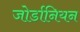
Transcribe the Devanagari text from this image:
जोर्डानियन